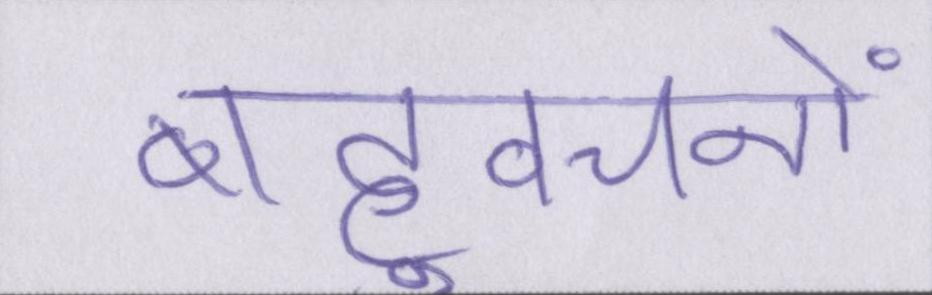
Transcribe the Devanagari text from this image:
बहुवचनों